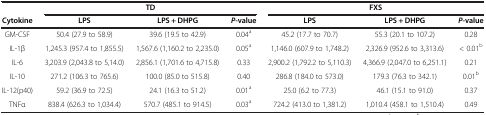
<table><thead><tr><td><b> </b></td><td colspan="3"><b>TD</b></td><td colspan="3"><b>FXS</b></td></tr><tr><td><b>Cytokine</b></td><td><b>LPS</b></td><td><b>LPS + DHPG</b></td><td><b><i>P</i>-value</b></td><td><b>LPS</b></td><td><b>LPS + DHPG</b></td><td><b><i>P</i>-value</b></td></tr></thead><tbody><tr><td>GM-CSF</td><td>50.4 (27.9 to 58.9)</td><td>39.6 (19.5 to 42.9)</td><td>0.04<sup>a</sup></td><td>45.2 (17.7 to 70.7)</td><td>55.3 (20.1 to 107.2)</td><td>0.28</td></tr><tr><td>IL-1β</td><td>1,245.3 (957.4 to 1,855.5)</td><td>1,567.6 (1,160.2 to 2,235.0)</td><td>0.05<sup>a</sup></td><td>1,146.0 (607.9 to 1,748.2)</td><td>2,326.9 (952.6 to 3,313.6)</td><td>&lt; 0.01<sup>b</sup></td></tr><tr><td>IL-6</td><td>3,203.9 (2,043.8 to 5,14.0)</td><td>2,856.1 (1,701.6 to 4,715.8)</td><td>0.33</td><td>2,900.2 (1,792.2 to 5,110.3)</td><td>4,366.9 (2,047.0 to 6,251.1)</td><td>0.21</td></tr><tr><td>IL-10</td><td>271.2 (106.3 to 765.6)</td><td>100.0 (85.0 to 515.8)</td><td>0.40</td><td>286.8 (184.0 to 573.0)</td><td>179.3 (76.3 to 342.1)</td><td>0.01<sup>b</sup></td></tr><tr><td>IL-12(p40)</td><td>59.2 (36.9 to 72.5)</td><td>24.1 (16.3 to 51.2)</td><td>0.01<sup>a</sup></td><td>25.0 (6.2 to 77.3)</td><td>46.1 (15.1 to 91.0)</td><td>0.37</td></tr><tr><td>TNFα</td><td>838.4 (626.3 to 1,034.4)</td><td>570.7 (485.1 to 914.5)</td><td>0.03<sup>a</sup></td><td>724.2 (413.0 to 1,381.2)</td><td>1,010.4 (458.1 to 1,510.4)</td><td>0.49</td></tr></tbody></table>